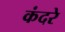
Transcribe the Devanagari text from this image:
कंदरे